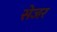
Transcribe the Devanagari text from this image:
सेजर